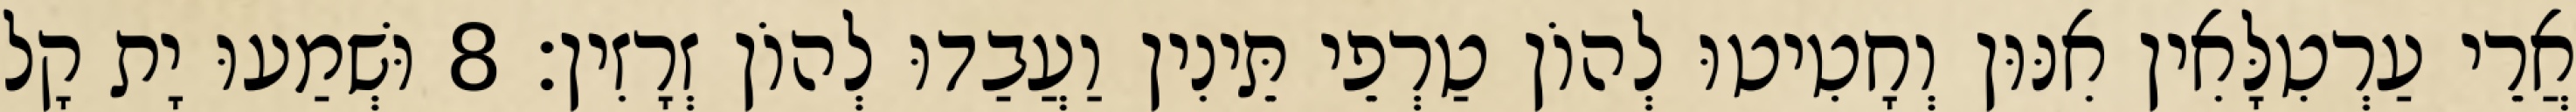
אֲרֵי עַרְטִלָּאִין אִנּוּן וְחָטִיטוּ לְהוֹן טַרְפֵי תֵּינִין וַעֲבַדוּ לְהוֹן זְרָזִין׃ 8 וּשְׁמַעוּ יָת קָל